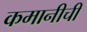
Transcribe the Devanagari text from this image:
कमानीची